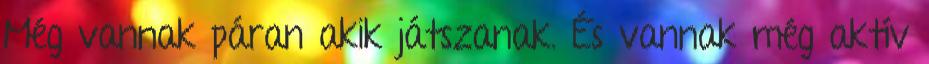
Még vannak páran akik játszanak. És vannak még aktív